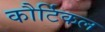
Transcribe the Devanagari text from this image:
कौर्टिकल